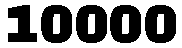
10000